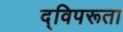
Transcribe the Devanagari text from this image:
द्विपरूता